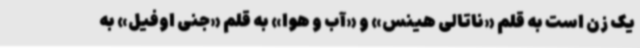
یک زن است به قلم «ناتالی هینس» و «آب و هوا» به قلم «جنی اوفیل» به